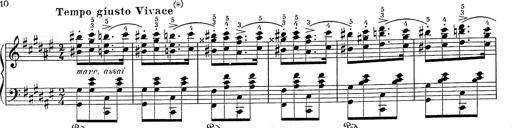
Title: Hungarian Rhapsody No.2
Composer: Franz Liszt
Key: C-sharp minor